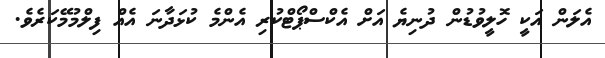
އެލަން އަކީ ހޮލީވުޑުން ދުނިޔެ އަށް އެކްސްޕޯޓްކުރި އެންމެ ކުޅަދާނަ އެއް ފިލްމުމޭކަރެވެ.